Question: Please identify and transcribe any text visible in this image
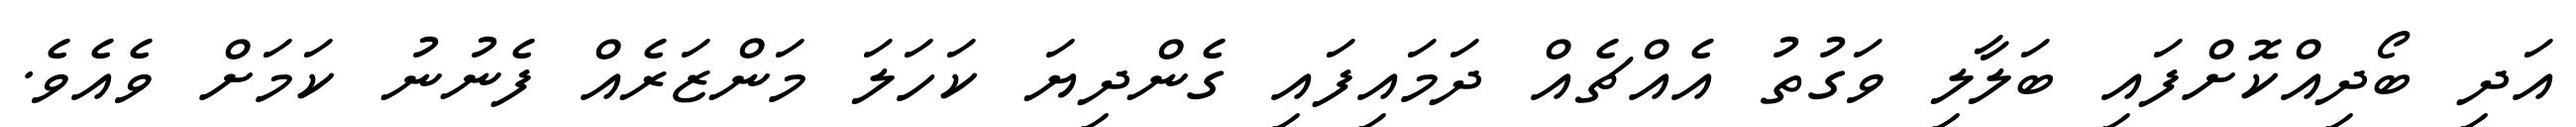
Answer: އަދި ބޯދިއްކޮށްފައި ބަލާލި ވަގުތު އެއްޗެއް ދަމައިފައި ގެންދިޔަ ކަހަލަ މަންޒަރެއް ފެނުނު ކަމަށް ވެއެވެ.